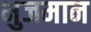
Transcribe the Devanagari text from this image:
भुजमान